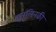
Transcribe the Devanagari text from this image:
इंसुलिनकी